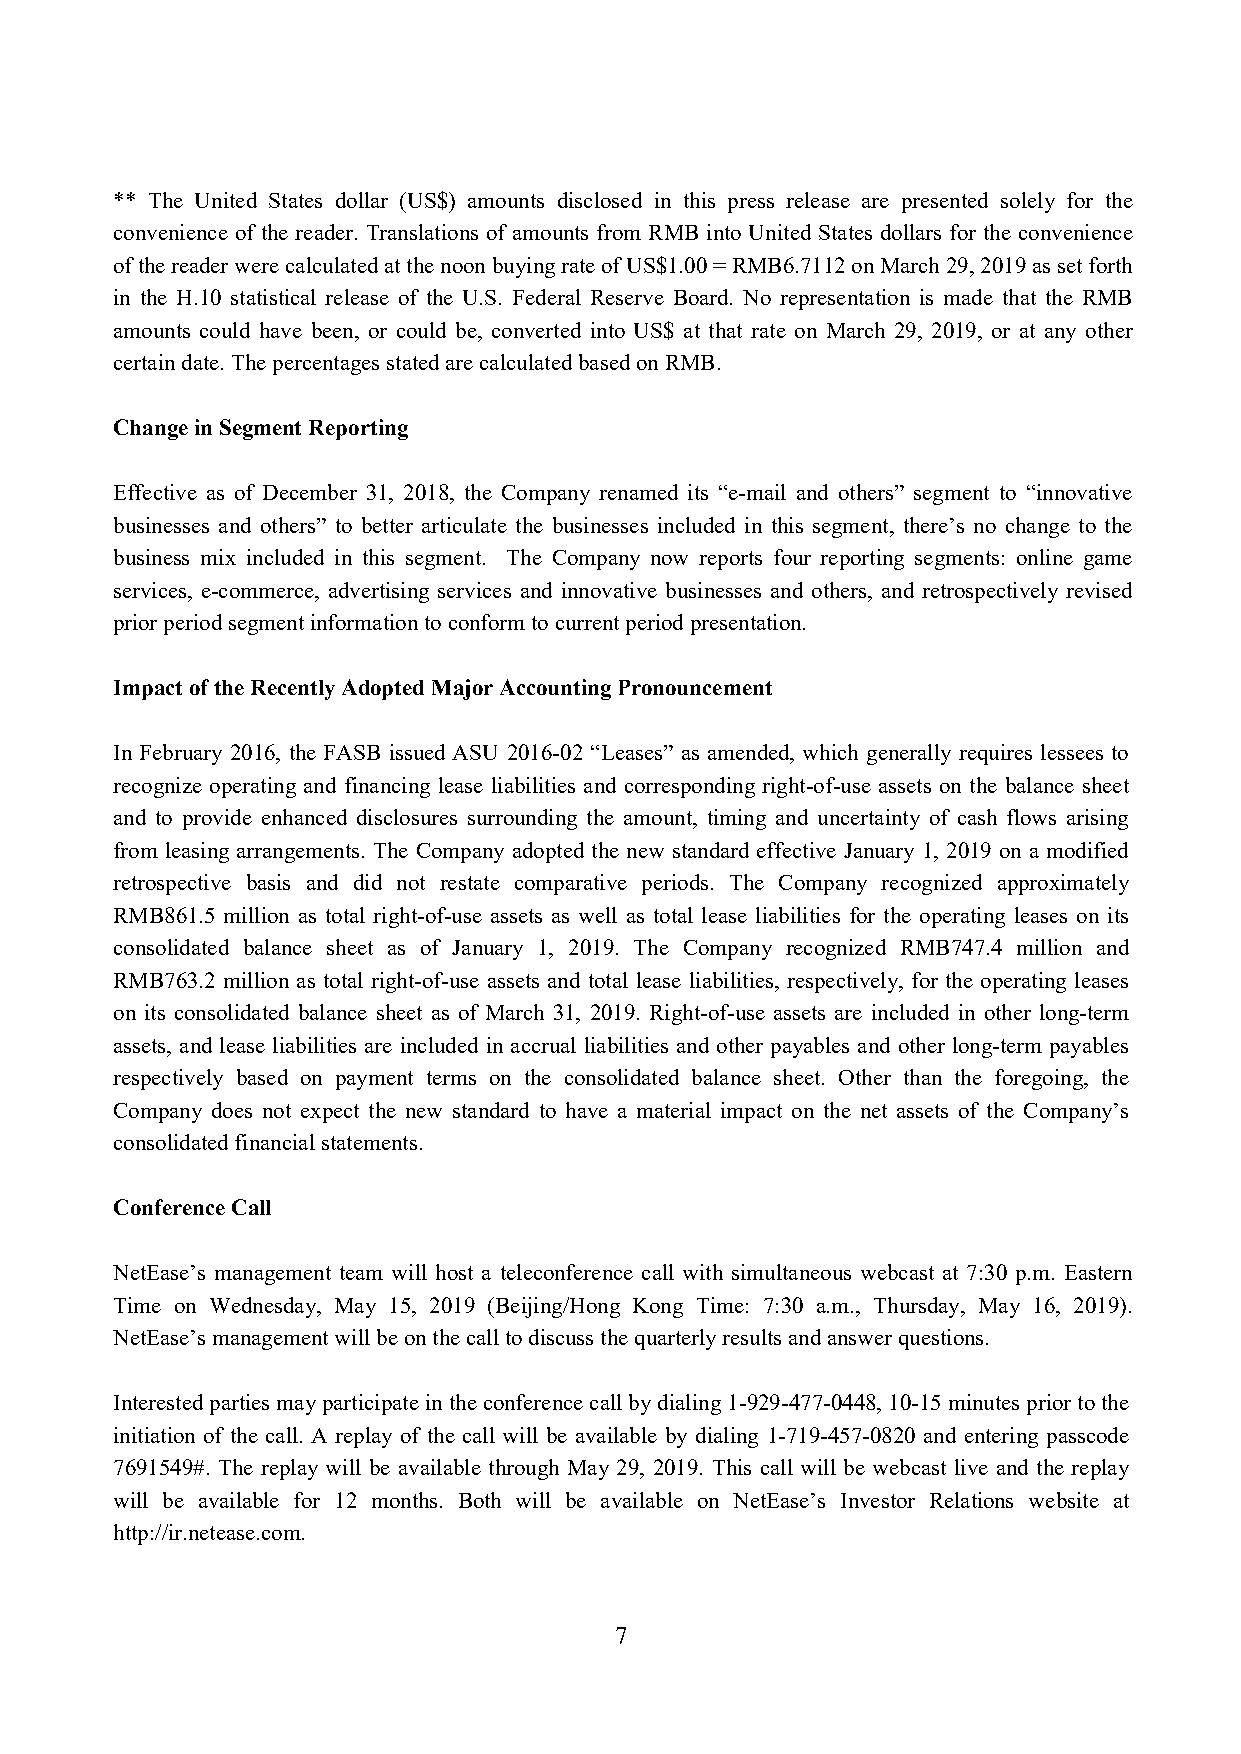
** The United States dollar (US$) amounts disclosed in this press release are presented solely for the
 convenience of the reader. Translations of amounts from RMB into United States dollars for the convenience
 of the reader were calculated at the noon buying rate of US$1.00 = RMB6.7112 on March 29, 2019 as set forth
 in the H.10 statistical release of the U.S. Federal Reserve Board. No representation is made that the RMB
 amounts could have been, or could be, converted into US$ at that rate on March 29, 2019, or at any other
 certain date. The percentages stated are calculated based on RMB.
 Change in Segment Reporting
 Effective as of December 31, 2018, the Company renamed its “e-mail and others” segment to “innovative
 businesses and others” to better articulate the businesses included in this segment, there’s no change to the
 business mix included in this segment. The Company now reports four reporting segments: online game
 services, e-commerce, advertising services and innovative businesses and others, and retrospectively revised
 prior period segment information to conform to current period presentation.
 Impact of the Recently Adopted Major Accounting Pronouncement
 In February 2016, the FASB issued ASU 2016-02 “Leases” as amended, which generally requires lessees to
 recognize operating and financing lease liabilities and corresponding right-of-use assets on the balance sheet
 and to provide enhanced disclosures surrounding the amount, timing and uncertainty of cash flows arising
 from leasing arrangements. The Company adopted the new standard effective January 1, 2019 on a modified
 retrospective basis and did not restate comparative periods. The Company recognized approximately
 RMB861.5 million as total right-of-use assets as well as total lease liabilities for the operating leases on its
 consolidated balance sheet as of January 1, 2019. The Company recognized RMB747.4 million and
 RMB763.2 million as total right-of-use assets and total lease liabilities, respectively, for the operating leases
 on its consolidated balance sheet as of March 31, 2019. Right-of-use assets are included in other long-term
 assets, and lease liabilities are included in accrual liabilities and other payables and other long-term payables
 respectively based on payment terms on the consolidated balance sheet. Other than the foregoing, the
 Company does not expect the new standard to have a material impact on the net assets of the Company’s
 consolidated financial statements.
 Conference Call
 NetEase’s management team will host a teleconference call with simultaneous webcast at 7:30 p.m. Eastern
 Time on Wednesday, May 15, 2019 (Beijing/Hong Kong Time: 7:30 a.m., Thursday, May 16, 2019).
 NetEase’s management will be on the call to discuss the quarterly results and answer questions.
 Interested parties may participate in the conference call by dialing 1-929-477-0448, 10-15 minutes prior to the
 initiation of the call. A replay of the call will be available by dialing 1-719-457-0820 and entering passcode
 7691549#. The replay will be available through May 29, 2019. This call will be webcast live and the replay
 will be available for 12 months. Both will be available on NetEase’s Investor Relations website at
 http://ir.netease.com.
 7